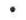
.